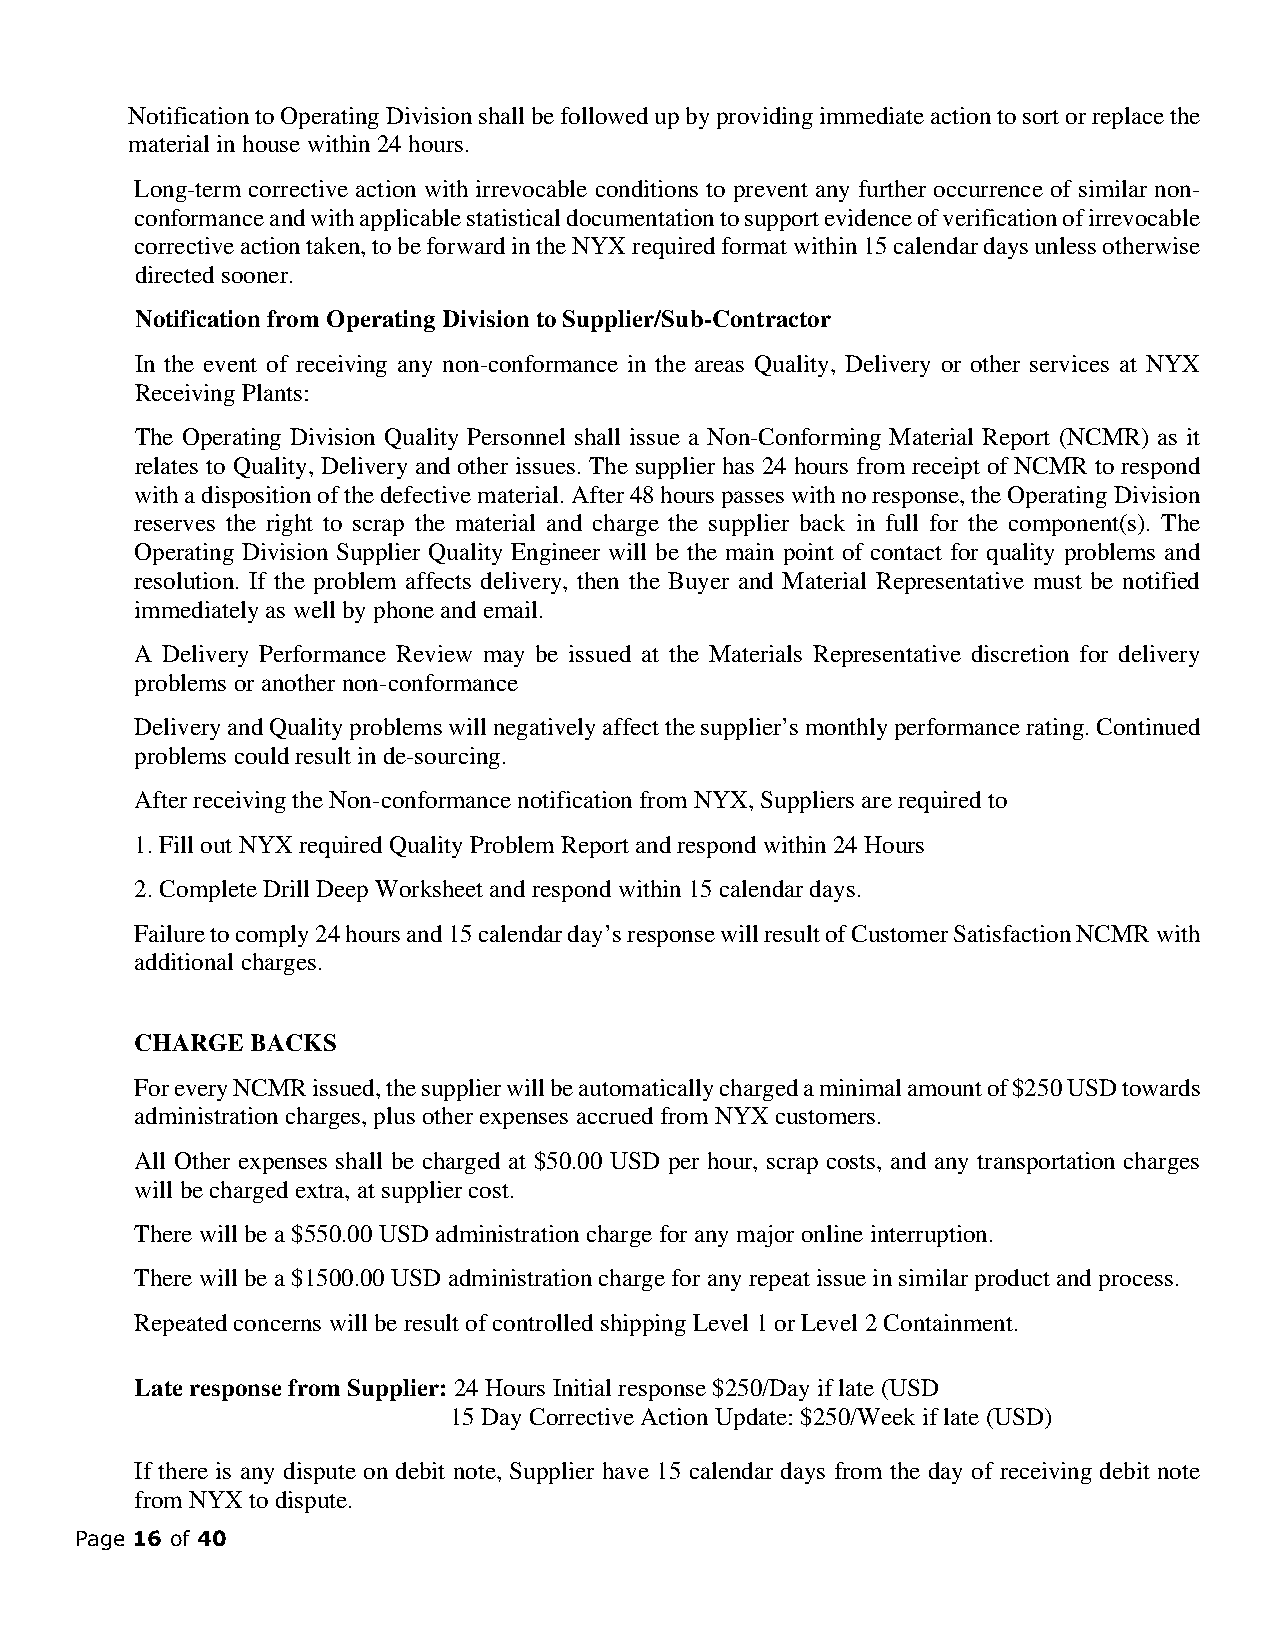
Notification to Operating Division shall be followed up by providing immediate action to sort or replace the
 material in house within 24 hours.
 Long-term corrective action with irrevocable conditions to prevent any further occurrence of similar non-
 conformance and with applicable statistical documentation to support evidence of verification of irrevocable
 corrective action taken, to be forward in the NYX required format within 15 calendar days unless otherwise
 directed sooner.
 Notification from Operating Division to Supplier/Sub-Contractor
 In the event of receiving any non-conformance in the areas Quality, Delivery or other services at NYX
 Receiving Plants:
 The Operating Division Quality Personnel shall issue a Non-Conforming Material Report (NCMR) as it
 relates to Quality, Delivery and other issues. The supplier has 24 hours from receipt of NCMR to respond
 with a disposition of the defective material. After 48 hours passes with no response, the Operating Division
 reserves the right to scrap the material and charge the supplier back in full for the component(s). The
 Operating Division Supplier Quality Engineer will be the main point of contact for quality problems and
 resolution. If the problem affects delivery, then the Buyer and Material Representative must be notified
 immediately as well by phone and email.
 A Delivery Performance Review may be issued at the Materials Representative discretion for delivery
 problems or another non-conformance
 Delivery and Quality problems will negatively affect the supplier’s monthly performance rating. Continued
 problems could result in de-sourcing.
 After receiving the Non-conformance notification from NYX, Suppliers are required to
 1. Fill out NYX required Quality Problem Report and respond within 24 Hours
 2. Complete Drill Deep Worksheet and respond within 15 calendar days.
 Failure to comply 24 hours and 15 calendar day’s response will result of Customer Satisfaction NCMR with
 additional charges.
 CHARGE  BACKS
 For every NCMR issued, the supplier will be automatically charged a minimal amount of $250 USD towards
 administration charges, plus other expenses accrued from NYX customers.
 All Other expenses shall be charged at $50.00 USD per hour, scrap costs, and any transportation charges
 will be charged extra, at supplier cost.
 There will be a $550.00 USD administration charge for any major online interruption.
 There will be a $1500.00 USD administration charge for any repeat issue in similar product and process.
 Repeated concerns will be result of controlled shipping Level 1 or Level 2 Containment.
 Late response from Supplier: 24 Hours Initial response $250/Day if late (USD
 15 Day Corrective Action Update: $250/Week if late (USD)
 If there is any dispute on debit note, Supplier have 15 calendar days from the day of receiving debit note
 from NYX to dispute.
 Page 16 of 40